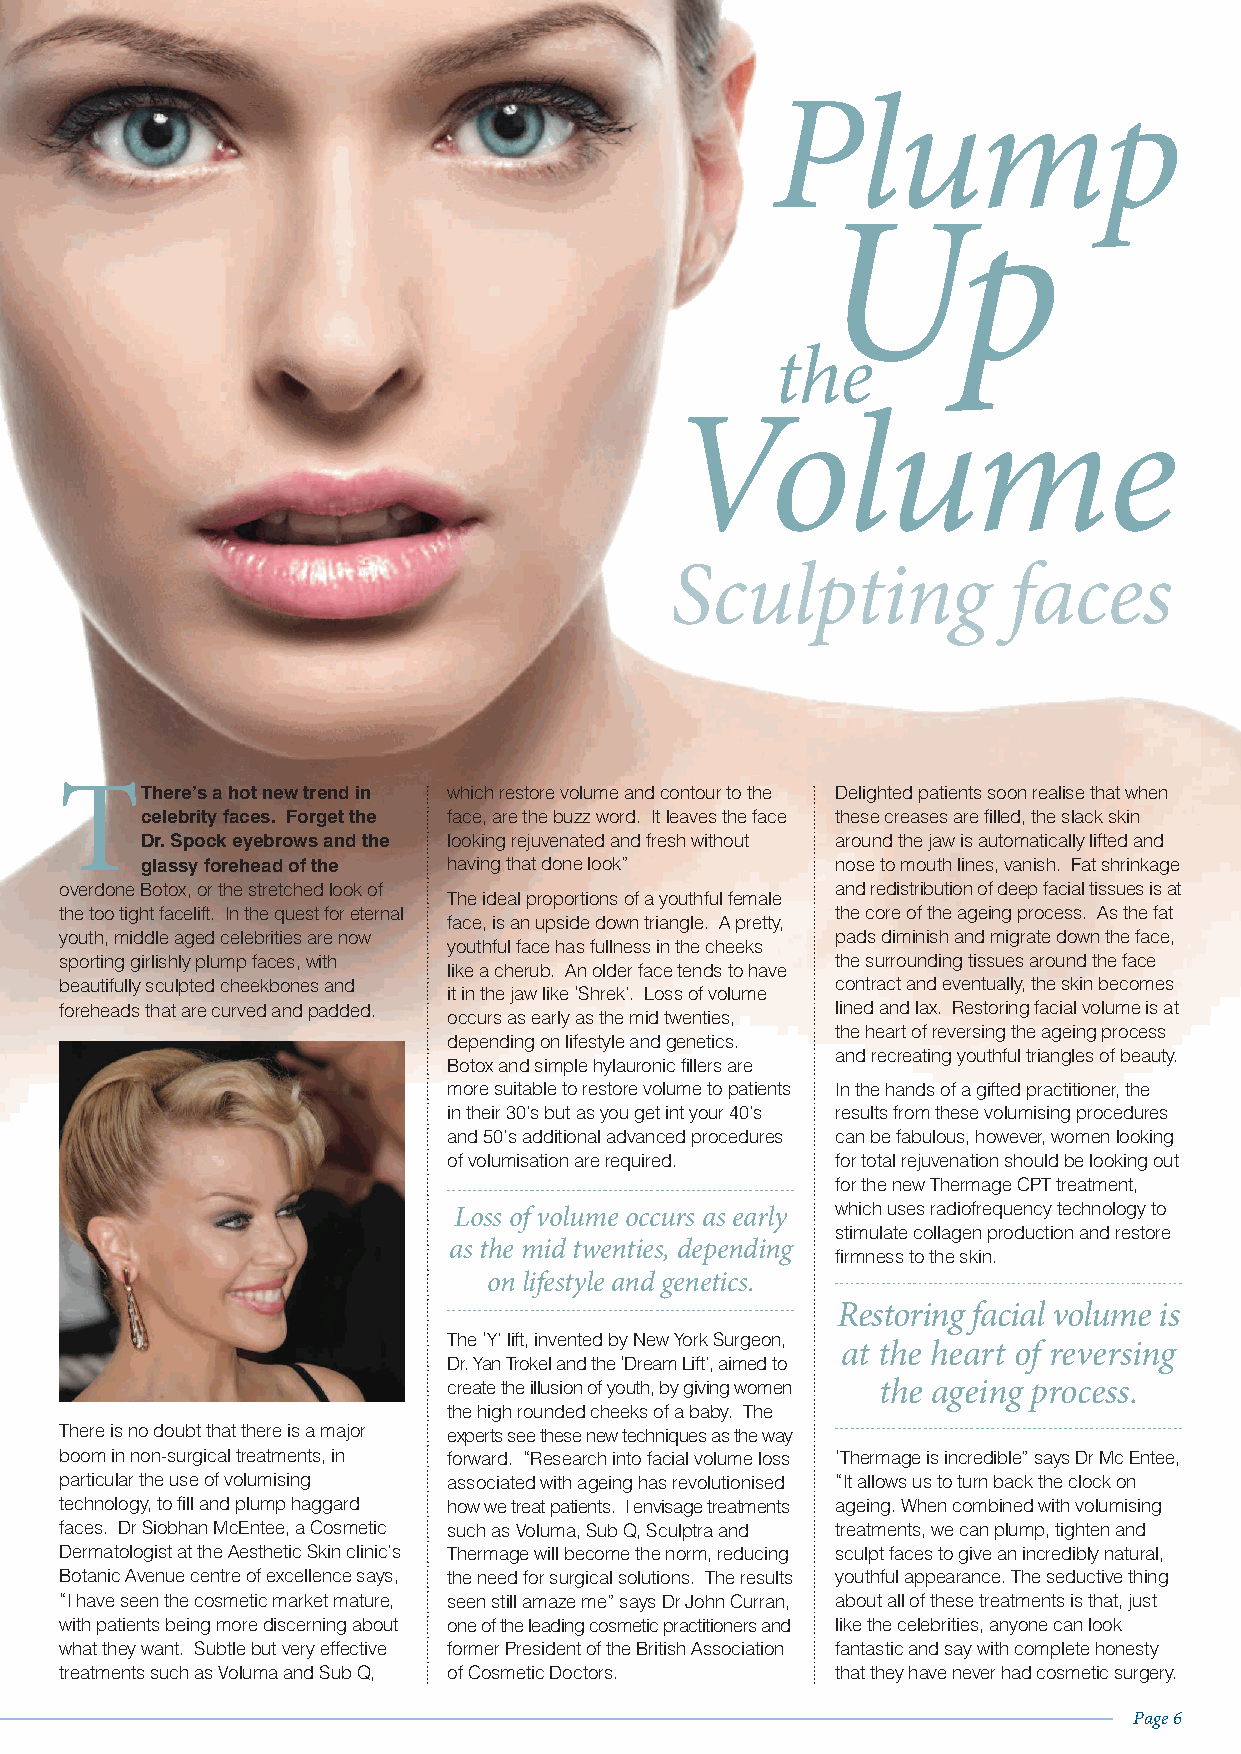
Plump
 Up
 the
 Volume
 Sculpting              faces
 T
 There’s a hot new trend in which restore volume and contour to the Delighted patients soon realise that when
 celebrity faces. Forget the face, are the buzz word. It leaves the face these creases are filled, the slack skin
 Dr. Spock eyebrows and the looking rejuvenated and fresh without around the jaw is automatically lifted and
 glassy forehead of the having that done look” nose to mouth lines, vanish. Fat shrinkage
 overdone Botox, or the stretched look of           and redistribution of deep facial tissues is at
 The ideal proportions of a youthful female
 the too tight facelift. In the quest for eternal   the core of the ageing process. As the fat
 face, is an upside down triangle. A pretty,
 youth, middle aged celebrities are now             pads diminish and migrate down the face,
 youthful face has fullness in the cheeks
 sporting girlishly plump faces, with               the surrounding tissues around the face
 like a cherub. An older face tends to have
 beautifully sculpted cheekbones and                contract and eventually, the skin becomes
 it in the jaw like ‘Shrek’. Loss of volume
 foreheads that are curved and padded.              lined and lax. Restoring facial volume is at
 occurs as early as the mid twenties,
 the heart of reversing the ageing process
 depending on lifestyle and genetics.
 and recreating youthful triangles of beauty.
 Botox and simple hylauronic fillers are
 more suitable to restore volume to patients In the hands of a gifted practitioner, the
 in their 30’s but as you get int your 40’s results from these volumising procedures
 and 50’s additional advanced procedures can be fabulous, however, women looking
 of volumisation are required. for total rejuvenation should be looking out
 for the new Thermage CPT treatment,
 Loss of volume occurs as early which uses radiofrequency technology to
 stimulate collagen production and restore
 as the mid twenties, depending
 firmness to the skin.
 on lifestyle and genetics.
 Restoring facial volume is
 The ‘Y’ lift, invented by New York Surgeon, at the heart of reversing
 Dr. Yan Trokel and the ‘Dream Lift’, aimed to
 create the illusion of youth, by giving women the ageing process.
 the high rounded cheeks of a baby. The
 There is no doubt that there is a major experts see these new techniques as the way
 boom in non-surgical treatments, in forward. “Research into facial volume loss ‘Thermage is incredible” says Dr Mc Entee,
 particular the use of volumising associated with ageing has revolutionised “It allows us to turn back the clock on
 technology, to fill and plump haggard how we treat patients. I envisage treatments ageing. When combined with volumising
 faces. Dr Siobhan McEntee, a Cosmetic such as Voluma, Sub Q, Sculptra and treatments, we can plump, tighten and
 Dermatologist at the Aesthetic Skin clinic’s Thermage will become the norm, reducing sculpt faces to give an incredibly natural,
 Botanic Avenue centre of excellence says, the need for surgical solutions. The results youthful appearance. The seductive thing
 “I have seen the cosmetic market mature, seen still amaze me” says Dr John Curran, about all of these treatments is that, just
 with patients being more discerning about one of the leading cosmetic practitioners and like the celebrities, anyone can look
 what they want. Subtle but very effective former President of the British Association fantastic and say with complete honesty
 treatments such as Voluma and Sub Q, of Cosmetic Doctors. that they have never had cosmetic surgery.
 Page 6